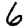
Digit: 6